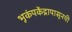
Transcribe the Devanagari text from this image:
भूकंपकेंद्रापासूनची